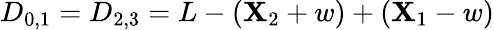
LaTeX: D_{0,1}=D_{2,3}=L-(\mathbf{X}_{2}+w)+(\mathbf{X}_{1}-w)